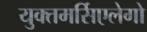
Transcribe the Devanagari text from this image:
युक्तमर्सिएलेगो